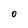
Character: O